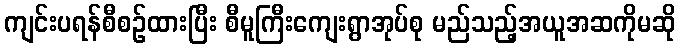
ကျင်းပရန်စီစဉ်ထားပြီး စီမူကြီးကျေးရွာအုပ်စု မည်သည့်အယူအဆကိုမဆို